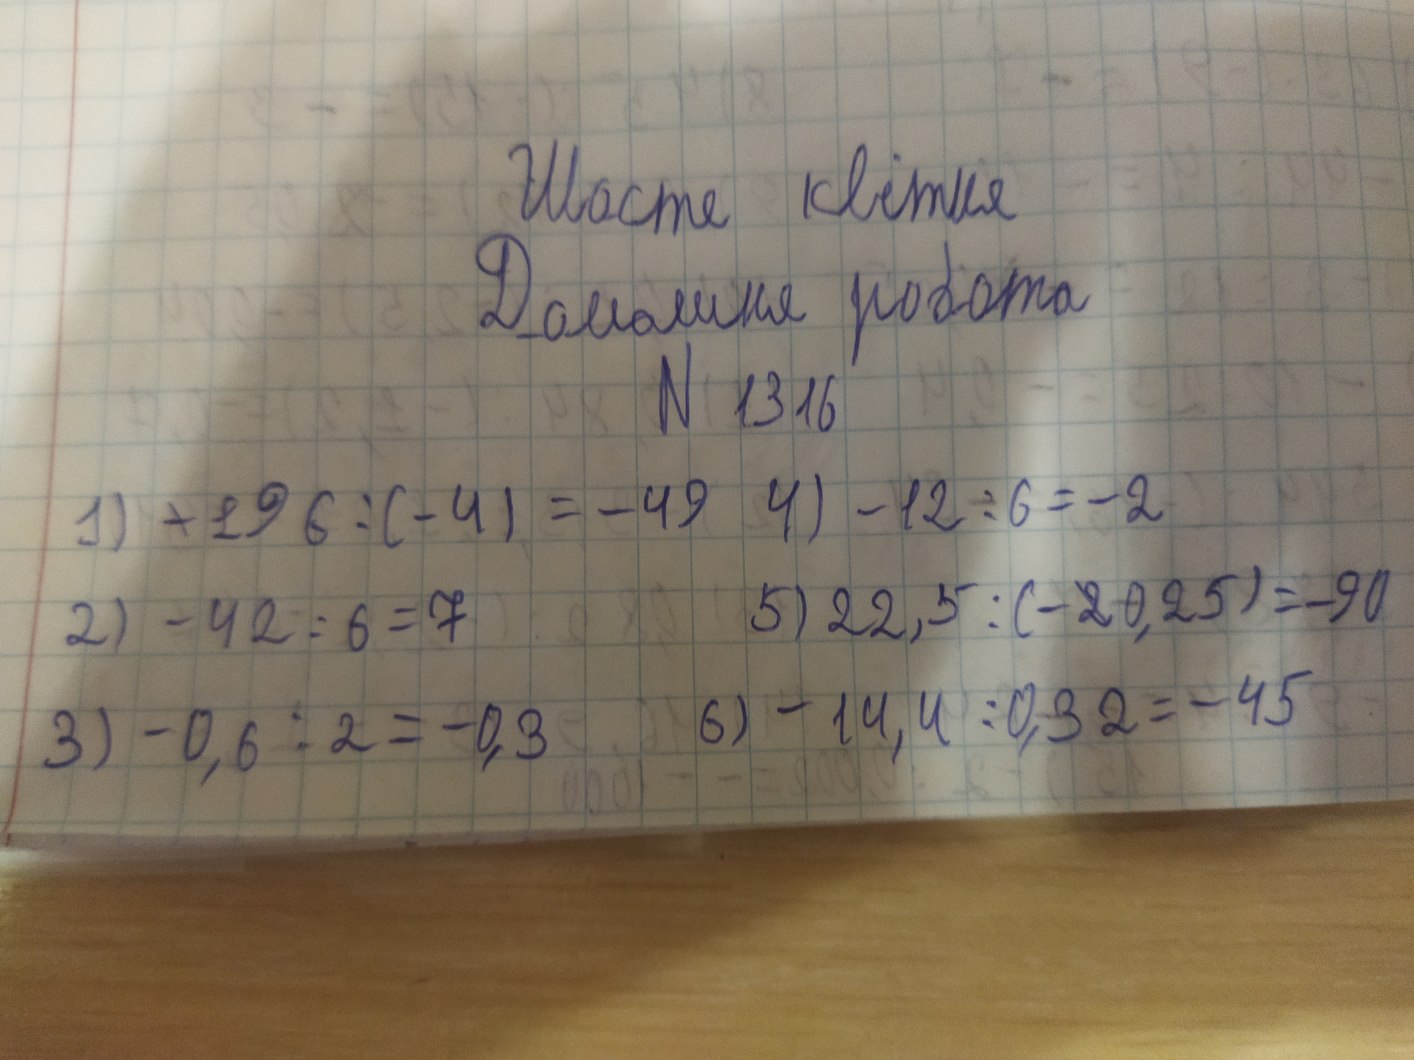
Шосте квітня
Домашня робота
N 1316
4) -12 / 6 = -2
1) ~~-~~196 / (-4) = -49
5) 22,5 / (-~~2~~0,25) = -90
2) -42 / 6 = 7
6) - 14,4 / 0,32 = - 45
3) -0,6 / x = -0,3